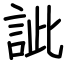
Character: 訿